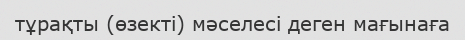
тұрақты (өзекті) мәселесі деген мағынаға